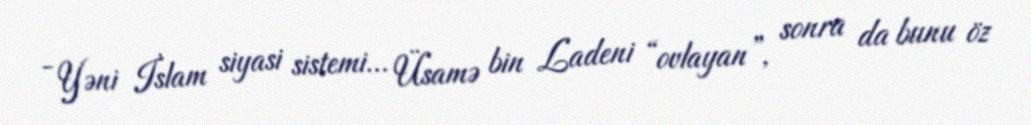
- Yəni İslam siyasi sistemi... Üsamə bin Ladeni “ovlayan”, sonra da bunu öz